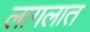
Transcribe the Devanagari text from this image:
लागलात